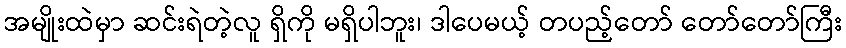
အမျိုးထဲမှာ ဆင်းရဲတဲ့လူ ရှိကို မရှိပါဘူး၊ ဒါပေမယ့် တပည့်တော် တော်တော်ကြီး